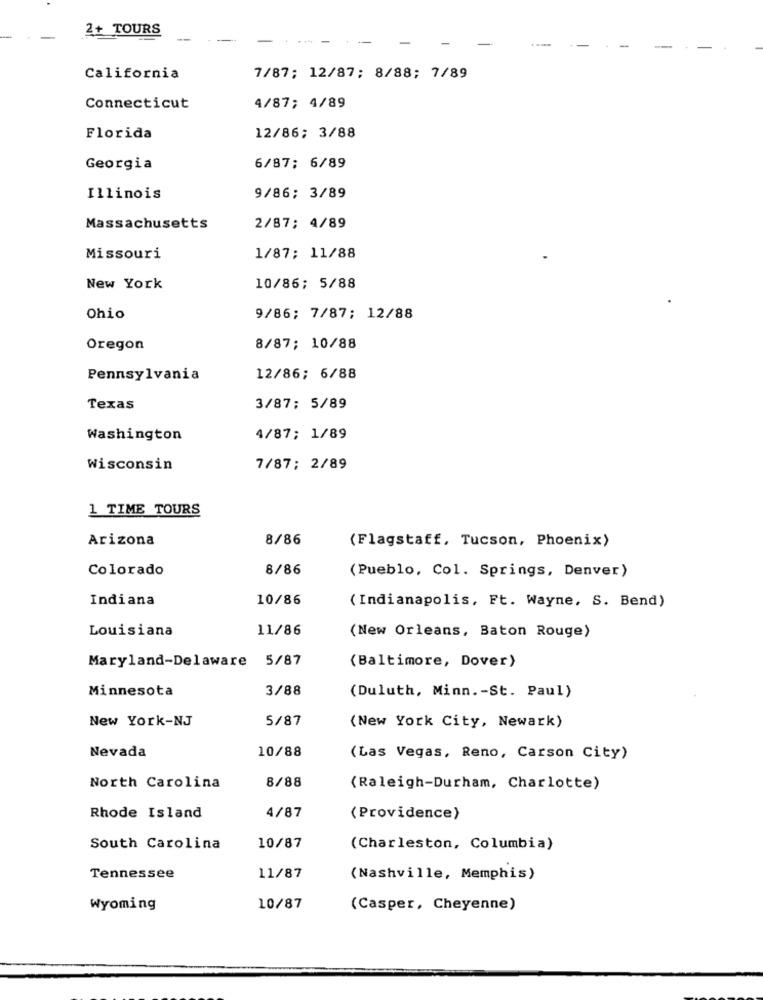
2+ TOURS
California
7/87; 12/87; 8/88; 7/89
Connecticut
4/87; 4/89
Florida
12/86; 3/88
Georgia
6/87; 6/89
Illinois
9/86; 3/89
Massachusetts
2/87; 4/89
Missouri
1/87; 11/88
New York
10/86; 5/88
Ohio
9/86; 7/87; 12/88
Oregon
8/87; 10/88
Pennsylvania
12/86; 6/88
Texas
3/87; 5/89
Washington
4/87; 1/89
Wisconsin
7/87; 2/89
1 TIME TOURS
Arizona
8/86
(Flagstaff, Tucson, Phoenix)
Colorado
8/86
(Pueblo, Col. Springs, Denver)
Indiana
10/86
( Indianapolis, Ft. Wayne, S. Bend)
Louisiana
11/86
(New Orleans, Baton Rouge)
Maryland-Delaware 5/87
(Baltimore, Dover)
Minnesota
3/88
(Duluth, Minn .- St. Paul)
New York-NJ
5/87
(New York City, Newark)
Nevada
10/88
(Las Vegas, Reno, Carson City)
8/88
North Carolina
(Raleigh-Durham, Charlotte)
Rhode Island
4/87
(Providence)
South Carolina
10/87
(Charleston, Columbia)
Tennessee
11/87
(Nashville, Memphis)
Wyoming
10/87
(Casper, Cheyenne)